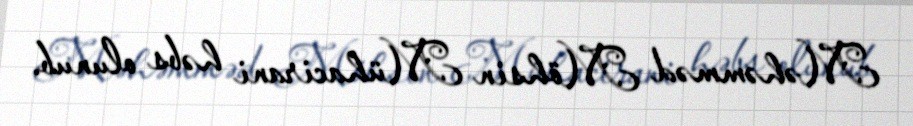
Məhəmməd Möhsin Mühacirani həbs olunub.